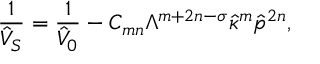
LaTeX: \frac { 1 } { \hat { V } _ { S } } = \frac { 1 } { \hat { V } _ { 0 } } - C _ { m n } \Lambda ^ { m + 2 n - \sigma } \hat { \kappa } ^ { m } \hat { p } ^ { 2 n } ,